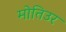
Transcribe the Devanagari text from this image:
मोतिउर